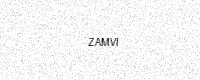
Text: ZAMVI